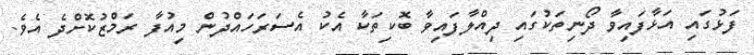
ފަޅުގައި އަޅާފައިވާ ދޯނިތަކުގައި ދިއްލާފައިވާ ބޮކިތަކާ އެކު އެސަރަހައްދުން މިއުފާ ރަމްޒުކޮށްދެ އެވެ.